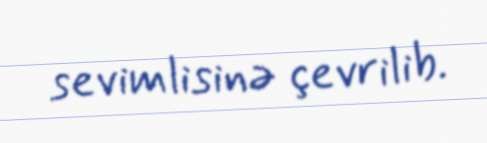
sevimlisinə çevrilib.